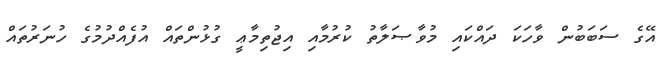
އޭގެ ސަބަބުން ވާހަކަ ދައްކައި މުވާޞަލާތު ކުރުމާއި އިޖުތިމާޢީ ގުޅުންތައް އުފެއްދުމުގެ ހުނަރުތައް